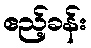
ဧည့်ခန်း